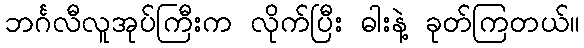
ဘင်္ဂလီလူအုပ်ကြီးက လိုက်ပြီး ဓါးနဲ့ ခုတ်ကြတယ်။